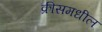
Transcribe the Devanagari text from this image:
क्रीसमधील